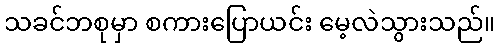
သခင်ဘစုမှာ စကားပြောယင်း မေ့လဲသွားသည်။